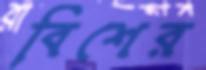
বিশের